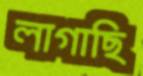
লাগাছি